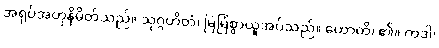
အရုပ်အတုနိမိတ်သည်။ သုဂ္ဂဟိတံ၊ မြဲမြံစွာယူအပ်သည်။ ဟောတိ၊ ၏။ ကဒါ၊